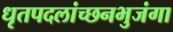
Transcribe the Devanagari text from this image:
धृतपदलांच्छनभुजंगा